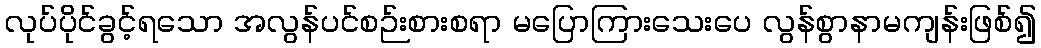
လုပ်ပိုင်ခွင့်ရသော အလွန်ပင်စဉ်းစားစရာ မပြောကြားသေးပေ လွန်စွာနာမကျန်းဖြစ်၍